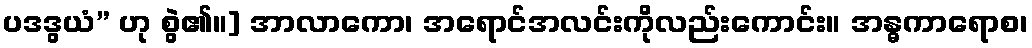
ပဒဒွယံ” ဟု စွဲ၏။] အာလာကော၊ အရောင်အလင်းကိုလည်းကောင်း။ အန္ဓကာရောစ၊